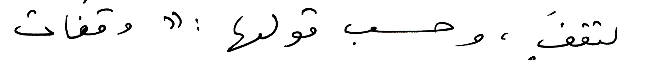
لتقفَ، وحسب قولها: " وقفات